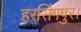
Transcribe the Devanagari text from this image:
हरसिंगपुर।